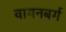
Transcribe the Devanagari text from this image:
वायनबर्ग